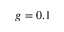
g = 0 . 1